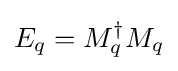
E_{q}=M_{q}^{\dagger }M_{q}